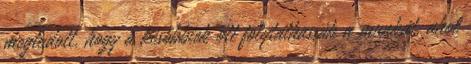
megtudott, hogy a későbbiek ott folytathassák a munkát, ahol